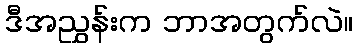
ဒီအညွှန်းက ဘာအတွက်လဲ။